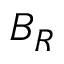
B _ { R }